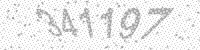
Solution: 341197